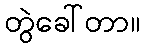
တွဲခေါ်တာ။